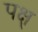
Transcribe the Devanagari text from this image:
पक्ष्